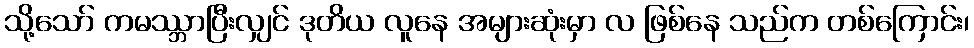
သို့သော် ကမဿ္ဘာပြီးလျှင် ဒုတိယ လူနေ အများဆုံးမှာ လ ဖြစ်နေ သည်က တစ်ကြောင်း၊